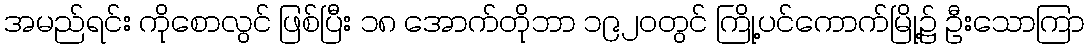
အမည်ရင်း ကိုစောလွင် ဖြစ်ပြီး ၁၈ အောက်တိုဘာ ၁၉၂၀တွင် ကြို့ပင်ကောက်မြို့၌ ဦးသောကြာ